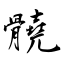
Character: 髐